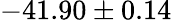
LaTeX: -41.90\pm 0.14